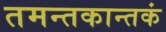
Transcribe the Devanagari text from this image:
तमन्तकान्तकं